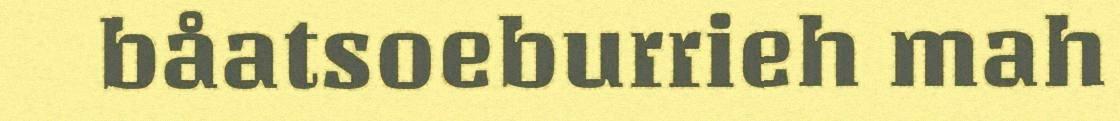
båatsoeburrieh mah